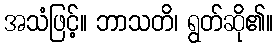
အသံဖြင့်။ ဘာသတိ၊ ရွတ်ဆို၏။